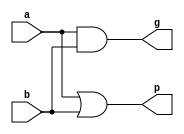
/* TODO: INSERT NAME AND PENNKEY HERE 
zhongyuan Lu
zlu15*/

/**
 * @param a first 1-bit input
 * @param b second 1-bit input
 * @param g whether a and b generate a carry
 * @param p whether a and b would propagate an incoming carry
 */
module gp1(input wire a, b,
           output wire g, p);
   assign g = a & b;
   assign p = a | b;
endmodule

/**
 * Computes aggregate generate/propagate signals over a 4-bit window.
 * @param gin incoming generate signals 
 * @param pin incoming propagate signals
 * @param cin the incoming carry
 * @param gout whether these 4 bits collectively generate a carry (ignoring cin)
 * @param pout whether these 4 bits collectively would propagate an incoming carry (ignoring cin)
 * @param cout the carry outs for the low-order 3 bits
 */
module gp4(input wire [3:0] gin, pin,
           input wire cin,
           output wire gout, pout,
           output wire [2:0] cout);
           
    wire p_1_0, g_1_0,p_3_2, g_3_2;
    assign p_1_0 = pin[0] & pin[1]; 
    assign g_1_0 = gin[1] | (pin[1] & gin[0]);
    assign cout[0] = gin[0] | (pin[0] & cin); 
    assign p_3_2 = pin[3] & pin[2];
    assign g_3_2 = gin[3] | (pin[3] & gin[2]);   

    
    wire p_3_0, g_3_0;
    assign p_3_0 = p_3_2 & p_1_0;
    assign g_3_0 = g_3_2 | (p_3_2 & g_1_0);
    assign cout[1] = g_1_0 | (p_1_0 & cin);
    
    assign cout[2] = gin[2] | (pin[2] & cout[1]);
    assign gout = g_3_0;
    assign pout = p_3_0;
       
endmodule

/**
 * 16-bit Carry-Lookahead Adder
 * @param a first input
 * @param b second input
 * @param cin carry in
 * @param sum sum of a + b + carry-in
 */
module cla16
  (input wire [15:0]  a, b,
   input wire         cin,
   output wire [15:0] sum);
   
   wire g[15:0], p[15:0];
   genvar i;
   generate
       for (i=0; i<16; i=i+1) begin: gen_loop
            gp1 model(.a(a[i]), .b(b[i]), .g(g[i]), .p(p[i]));
       end 
   endgenerate
   

   
   wire [3:0] gin_3_0, pin_3_0, gin_7_4, pin_7_4, gin_11_8, pin_11_8, gin_15_12, pin_15_12;
   
   assign gin_3_0 = {g[3], g[2], g[1], g[0]};
   assign pin_3_0 = {p[3], p[2], p[1], p[0]};
   assign gin_7_4 = {g[7], g[6], g[5], g[4]};
   assign pin_7_4 = {p[7], p[6], p[5], p[4]};
   assign gin_11_8 = {g[11], g[10], g[9], g[8]};
   assign pin_11_8 = {p[11], p[10], p[9], p[8]};
   assign gin_15_12 = {g[15], g[14], g[13], g[12]};
   assign pin_15_12 = {p[15], p[14], p[13], p[12]};
   
   wire G[3:0],P[3:0];
   wire [2:0] Cout[3:0];
   wire c4, c8, c12, c16;
   gp4 module1(.gin(gin_3_0), .pin(pin_3_0), .cin(cin), .gout(G[0]), .pout(P[0]), .cout(Cout[0]));
   assign c4 = G[0] | (P[0] & cin) ;
   gp4 module2(.gin(gin_7_4), .pin(pin_7_4), .cin(c4), .gout(G[1]), .pout(P[1]), .cout(Cout[1]));
   assign c8 = G[1] | (P[1] & c4) ;
   gp4 module3(.gin(gin_11_8), .pin(pin_11_8), .cin(c8), .gout(G[2]), .pout(P[2]), .cout(Cout[2]));
   assign c12 = G[2] | (P[2] & c8) ;
   gp4 module4(.gin(gin_15_12), .pin(pin_15_12), .cin(c12), .gout(G[3]), .pout(P[3]), .cout(Cout[3]));
   assign c16 = G[3] | (P[3] & c12) ;

   assign sum[0] = a[0] ^ b[0] ^ cin;
   assign sum[1] = a[1] ^ b[1] ^ Cout[0][0];
   assign sum[2] = a[2] ^ b[2] ^ Cout[0][1];
   assign sum[3] = a[3] ^ b[3] ^ Cout[0][2];
   
   assign sum[4] = a[4] ^ b[4] ^ c4;
   assign sum[5] = a[5] ^ b[5] ^ Cout[1][0];
   assign sum[6] = a[6] ^ b[6] ^ Cout[1][1];
   assign sum[7] = a[7] ^ b[7] ^ Cout[1][2];
   
   assign sum[8] = a[8] ^ b[8] ^ c8;
   assign sum[9] = a[9] ^ b[9] ^ Cout[2][0];
   assign sum[10] = a[10] ^ b[10] ^ Cout[2][1];
   assign sum[11] = a[11] ^ b[11] ^ Cout[2][2];
   
   assign sum[12] = a[12] ^ b[12] ^ c12;
   assign sum[13] = a[13] ^ b[13] ^ Cout[3][0];
   assign sum[14] = a[14] ^ b[14] ^ Cout[3][1];
   assign sum[15] = a[15] ^ b[15] ^ Cout[3][2];
   
   
   

   

endmodule